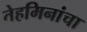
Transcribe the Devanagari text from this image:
तेहमिनांचा